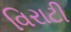
વિરાટી